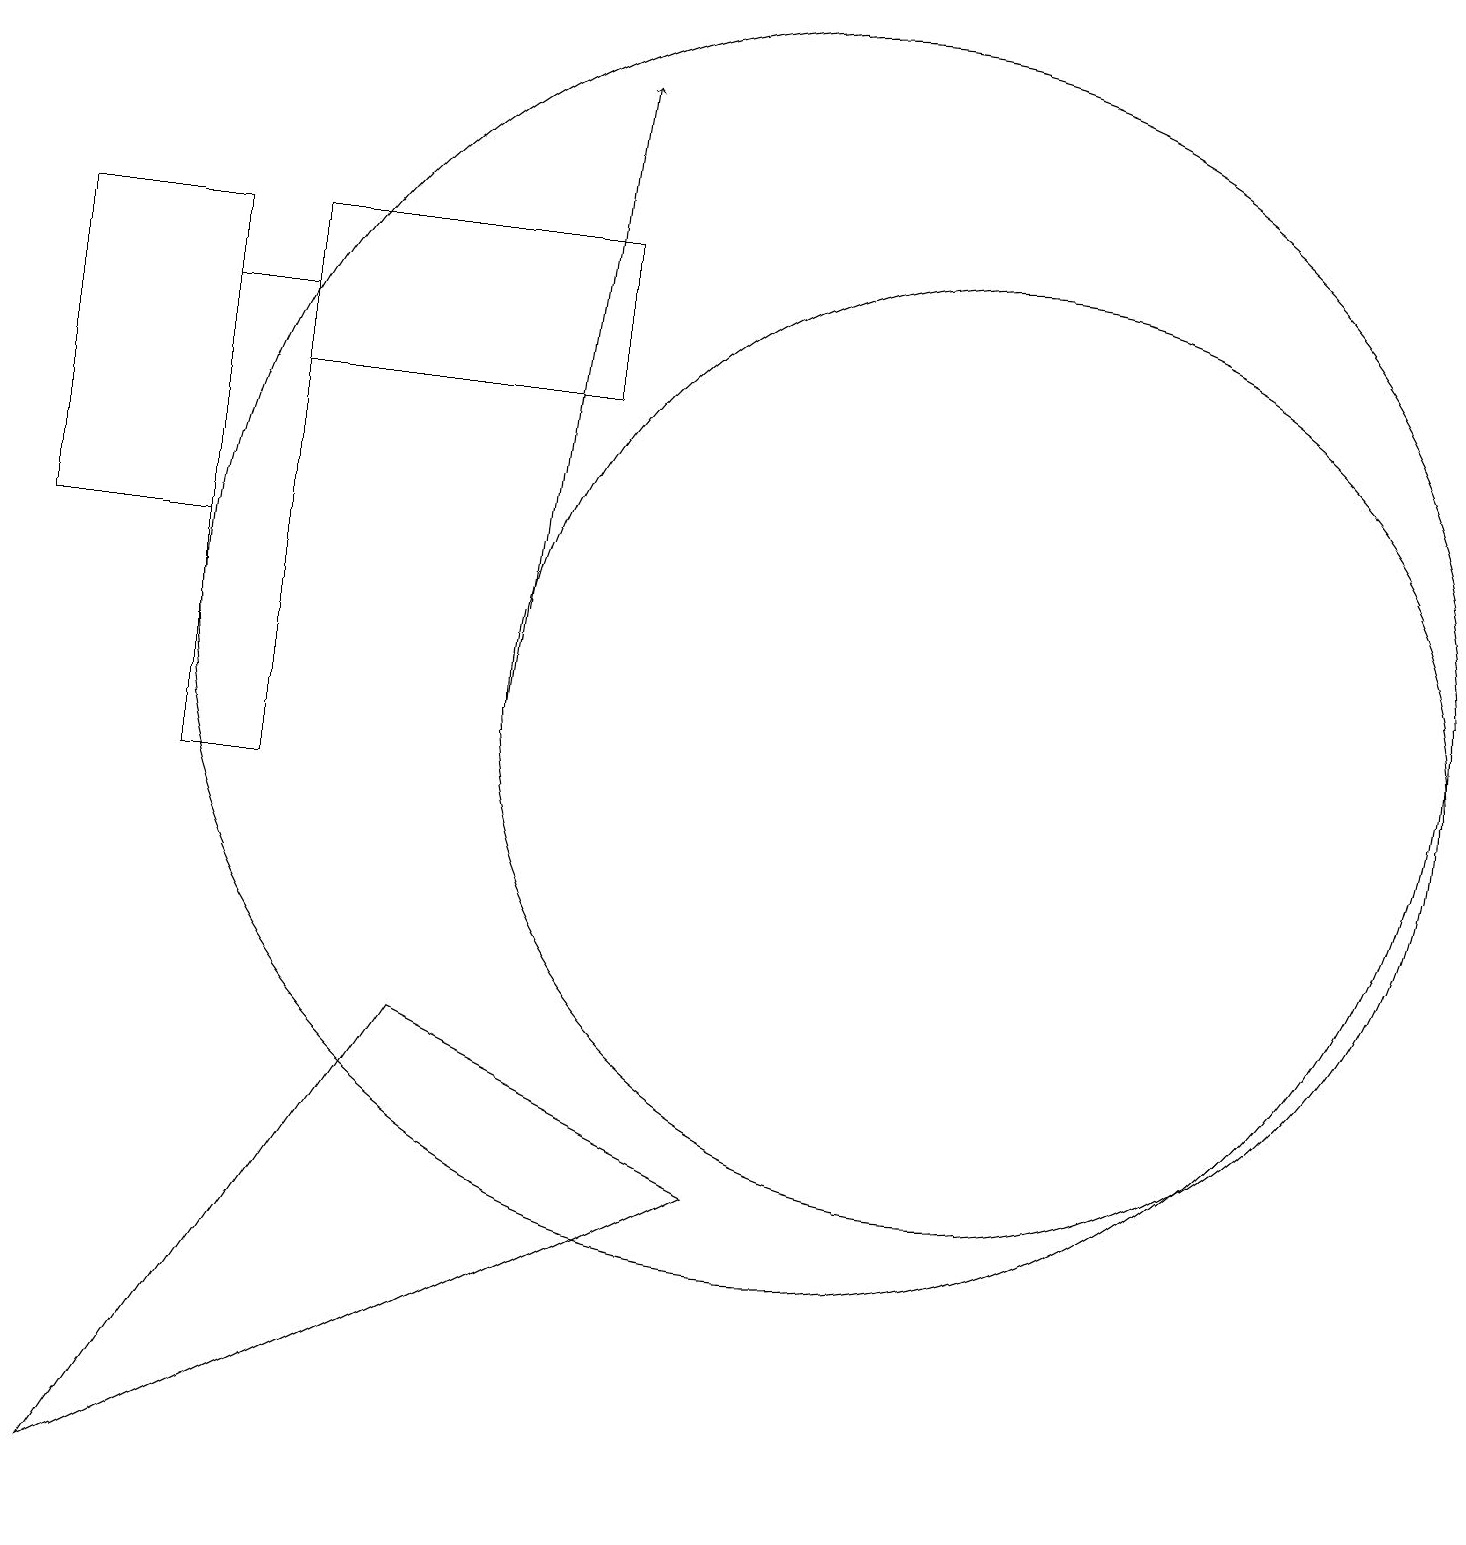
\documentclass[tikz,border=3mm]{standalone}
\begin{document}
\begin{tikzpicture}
\draw (12,11) circle (6);
\draw (5,7) -- (9,5) -- (1,1) -- cycle;
\draw (0,17) rectangle (2,13);
\draw (10,12) circle (8);
\draw (2,16) rectangle (3,10);
\draw (3,17) rectangle (7,15);
\draw[->] (6,11) -- (7,19);
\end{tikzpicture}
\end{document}